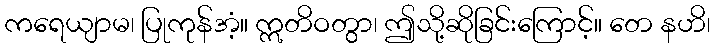
ကရေယျာမ၊ ပြုကုန်အံ့။ ဣတိဝတွာ၊ ဤသို့ဆိုခြင်းကြောင့်။ တေ နဟိ၊